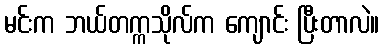
မင်းက ဘယ်တက္ကသိုလ်က ကျောင်း ပြီးတာလဲ။